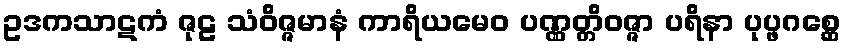
ဥဒကသာဋကံ ဇုဠ သံဝိဇ္ဇမာနံ ကာရိယမေဝ ပဏ္ဏတ္တိဝဇ္ဇာ ပရိနာ ပုပ္ဖဂစ္ဆေ